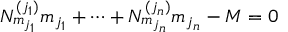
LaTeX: N _ { m _ { j _ { 1 } } } ^ { ( j _ { 1 } ) } m _ { j _ { 1 } } + \cdots + N _ { m _ { j _ { n } } } ^ { ( j _ { n } ) } m _ { j _ { n } } - M = 0